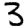
Digit: 3